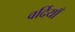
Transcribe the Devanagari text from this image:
वर्दियाँ